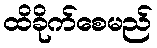
ထိခိုက်စေမည်